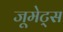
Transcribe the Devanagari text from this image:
जूमेट्स